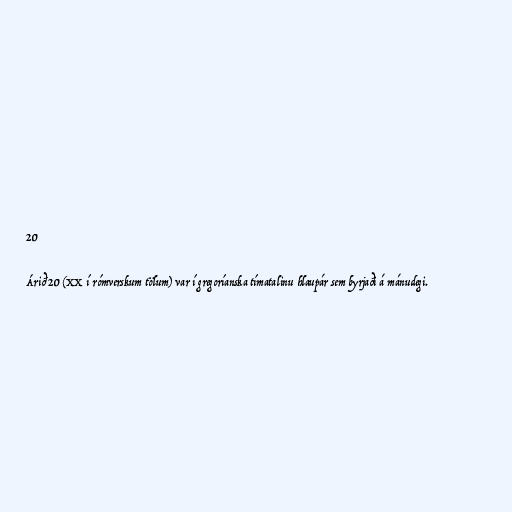
20

Árið 20 (XX í rómverskum tölum) var í gregoríanska tímatalinu hlaupár sem byrjaði á mánudegi.